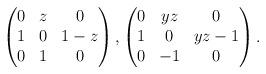
LaTeX: \begin{align*} \begin{pmatrix} 0 & z & 0 \\ 1 & 0 & 1 - z \\ 0 & 1 & 0 \end{pmatrix}, \begin{pmatrix} 0 & y z & 0 \\ 1 & 0 & y z -1 \\ 0 & -1 & 0 \end{pmatrix}.\end{align*}